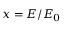
x = E / E _ { 0 }